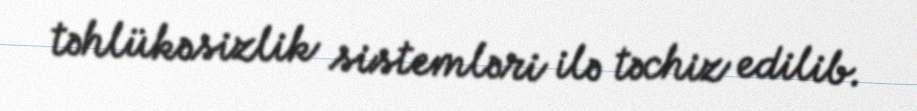
təhlükəsizlik sistemləri ilə təchiz edilib.